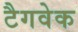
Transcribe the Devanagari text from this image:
टैगवेक